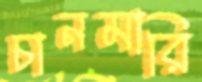
চানমারি